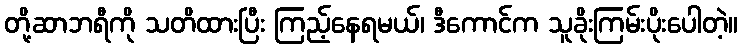
တို့ဆာဘရီကို သတိထားပြီး ကြည့်နေရမယ်၊ ဒီကောင်က သူခိုးကြမ်းပိုးပေါတဲ့။